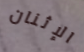
الإثنان